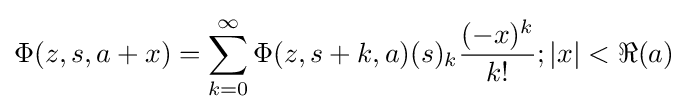
\Phi (z,s,a+x)=\sum _{k=0}^{\infty }\Phi (z,s+k,a)(s)_{k}{\frac {(-x)^{k}}{k!}};|x|<\Re (a)